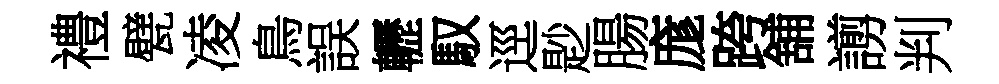
禮甓凌鳥誤轣馭逕尟腸庬跨舖謭判